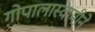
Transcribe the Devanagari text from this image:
गोपालास्वामीने